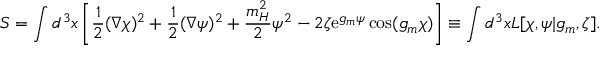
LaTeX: S = \int d ^ { 3 } x \left[ \frac 1 2 ( \nabla \chi ) ^ { 2 } + \frac 1 2 ( \nabla \psi ) ^ { 2 } + \frac { m _ { H } ^ { 2 } } { 2 } \psi ^ { 2 } - 2 \zeta \mathrm { e } ^ { g _ { m } \psi } \cos ( g _ { m } \chi ) \right] \equiv \int d ^ { 3 } x { \cal L } [ \chi , \psi | g _ { m } , \zeta ] .